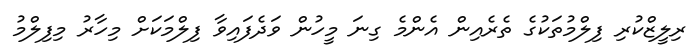
ރިލީޒްކުރި ފިލްމުތަކުގެ ތެރެއިން އެންމެ ގިނަ މީހުން ވަދެފައިވާ ފިލްމަކަށް މިހާރު މިފިލްމު